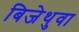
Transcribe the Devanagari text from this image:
बिजेथुवा